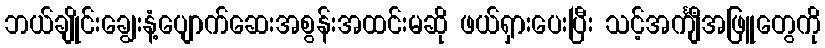
ဘယ်ချိုင်းချွေးနံ့ပျောက်ဆေးအစွန်းအထင်းမဆို ဖယ်ရှားပေးပြီး သင့်အင်္ကျီအဖြူတွေကို